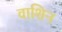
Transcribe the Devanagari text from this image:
वाशिन